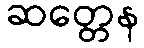
ဆတ္တေန